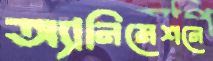
অ্যানিমেশনে